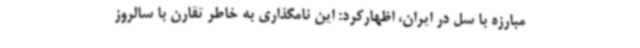
مبارزه با سل در ایران، اظهارکرد: این نامگذاری به خاطر تقارن با سالروز